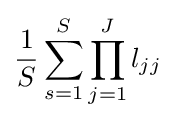
{\frac {1}{S}}\sum _{s=1}^{S}\prod _{j=1}^{J}l_{jj}